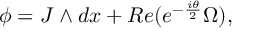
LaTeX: \phi = J \wedge d x + R e ( e ^ { - { \frac { i \theta } { 2 } } } \Omega ) ,